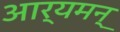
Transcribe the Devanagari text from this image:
आर्यमन्